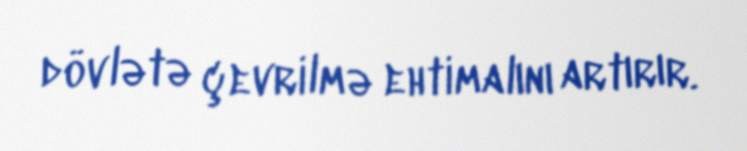
dövlətə çevrilmə ehtimalını artırır.